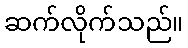
ဆက်လိုက်သည်။